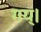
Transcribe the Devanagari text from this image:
गय्।